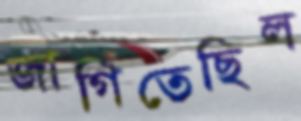
জাগিতেছিল